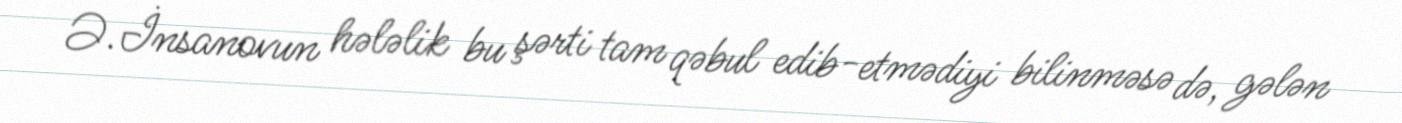
Ə.İnsanovun hələlik bu şərti tam qəbul edib-etmədiyi bilinməsə də, gələn